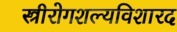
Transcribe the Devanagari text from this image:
स्त्रीरोगशल्यविशारद